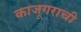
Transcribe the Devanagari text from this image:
काजूगराची